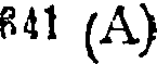
841 (A)